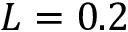
L = 0 . 2